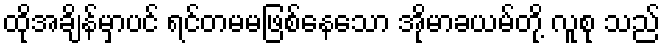
ထိုအချိန်မှာပင် ရင်တမမဖြစ်နေသော အိုမာခယမ်တို့ လူစု သည်